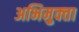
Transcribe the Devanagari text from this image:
अभिमुक्‍ता